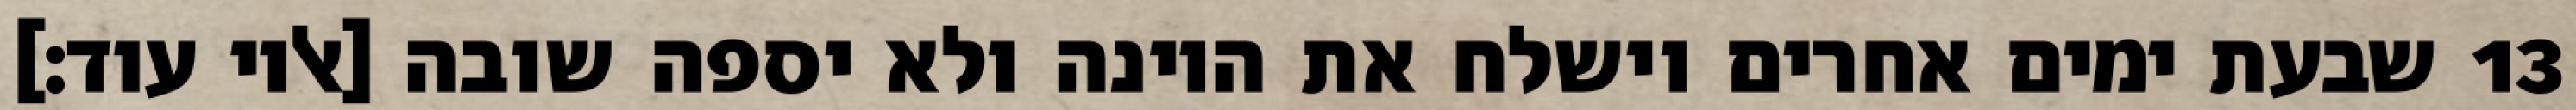
שבעת ימים אחרים וישלח את היונה ולא יספה שובה [אליו עוד׃] ‎13‏